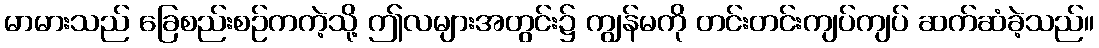
မာမားသည် ခြေစည်းစဉ်ကကဲ့သို့ ဤလများအတွင်း၌ ကျွန်မကို တင်းတင်းကျပ်ကျပ် ဆက်ဆံခဲ့သည်။